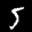
Label: 5